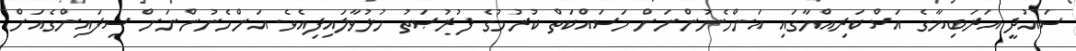
ސައުދީ އަރަބިޔާގެ އަސްކަރިއްޔާގައި އަންހެނުންނަށް މަސައްކަތް ކުރުމުގެ ފުރުޞަތު ހުޅުވާލައިފިއެވެ. އަންހެނުންނަށް ސިފައިންގެއަށް